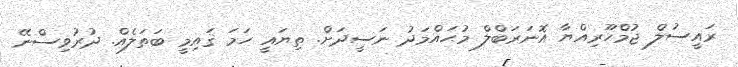
ރައީސުލް ޖުމްހޫރިއްޔާ އޮނަރަބްލް މުޙައްމަދު ނަސީދަށް. ތިޔައީ ހަމަ ޤައިމީ ބަތަލެއް. ދުރުވިސްނޭ